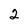
Character: 2